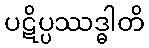
ပဋိပ္ပဿဒ္ဓါတိ